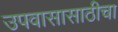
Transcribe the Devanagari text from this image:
उपवासासाठीचा